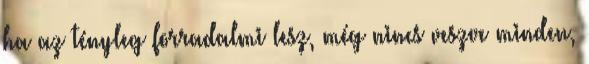
ha az tényleg forradalmi lesz, még nincs veszve minden,